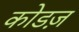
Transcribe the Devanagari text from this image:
कोडज़